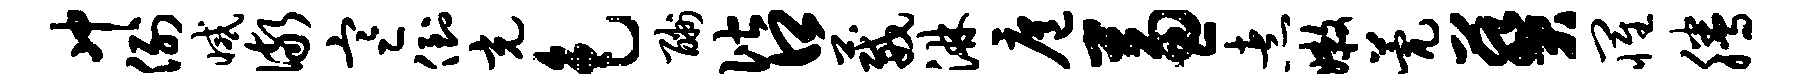
冲例减儆寒倒充色酬偕口葳淋扈兼煮嫩甍葵罹腾